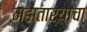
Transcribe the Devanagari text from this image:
म्हातार्‍याचा